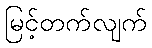
မြင့်တက်လျက်